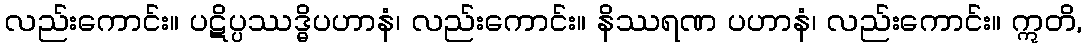
လည်းကောင်း။ ပဋိပ္ပဿဒ္ဓိပဟာနံ၊ လည်းကောင်း။ နိဿရဏ ပဟာနံ၊ လည်းကောင်း။ ဣတိ,